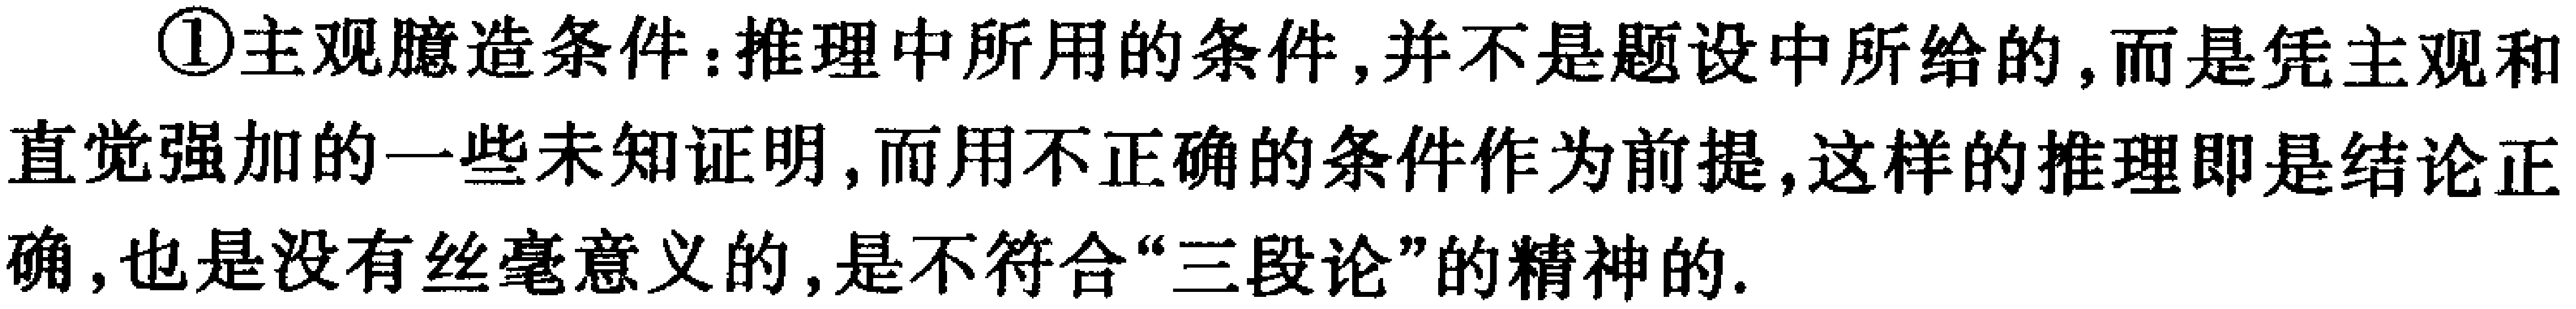
\textcircled{1}主观臆造条件：推理中所用的条件，并不是题设中所给的，而是凭主观和直觉强加的一些未知证明，而用不正确的条件作为前提，这样的推理即是结论正确，也是没有丝毫意义的，是不符合“三段论”的精神的.